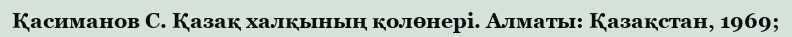
Қасиманов С. Қазақ халқының қолөнерi. Алматы: Қазақстан, 1969;